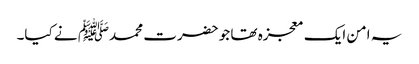
یہ امن ایک معجزہ تھا جو حضرت محمدﷺ نے کیا۔